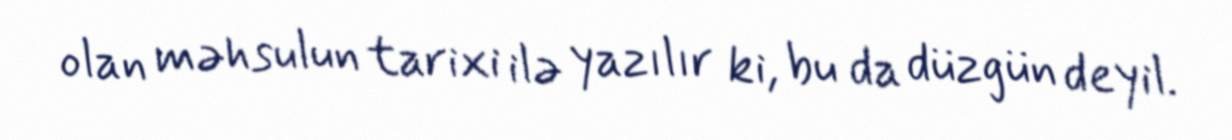
olan məhsulun tarixi ilə yazılır ki, bu da düzgün deyil.